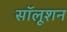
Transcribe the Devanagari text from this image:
सॉलूशन